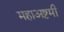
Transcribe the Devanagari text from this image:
महाअष्टमी